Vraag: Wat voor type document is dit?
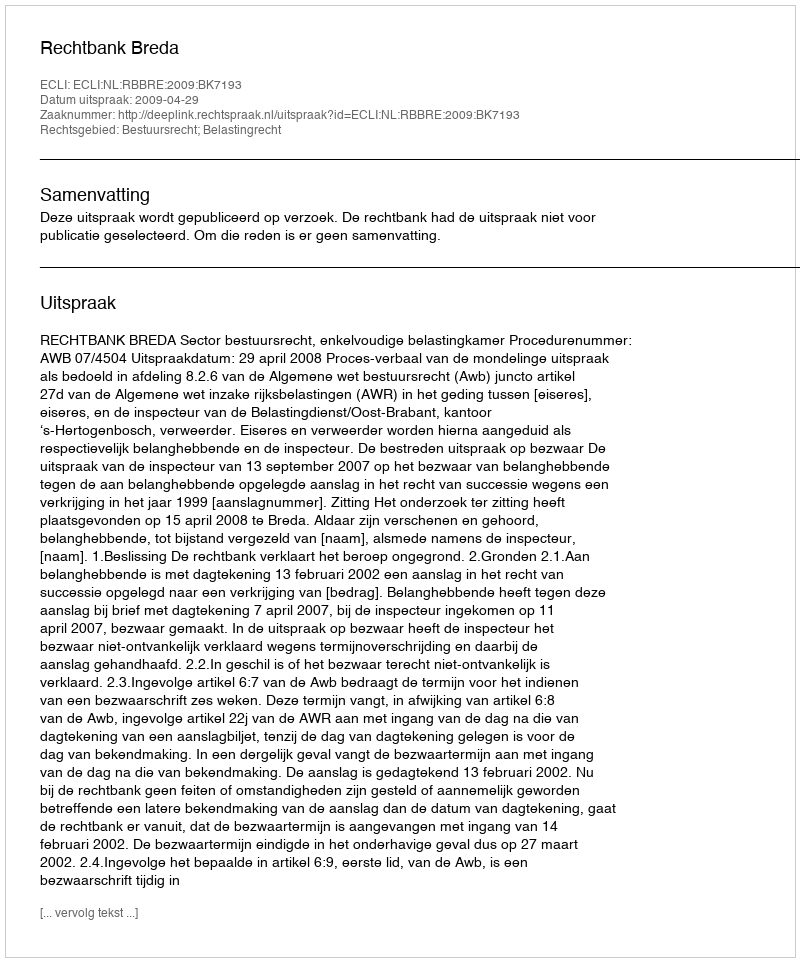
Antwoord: Uitspraak